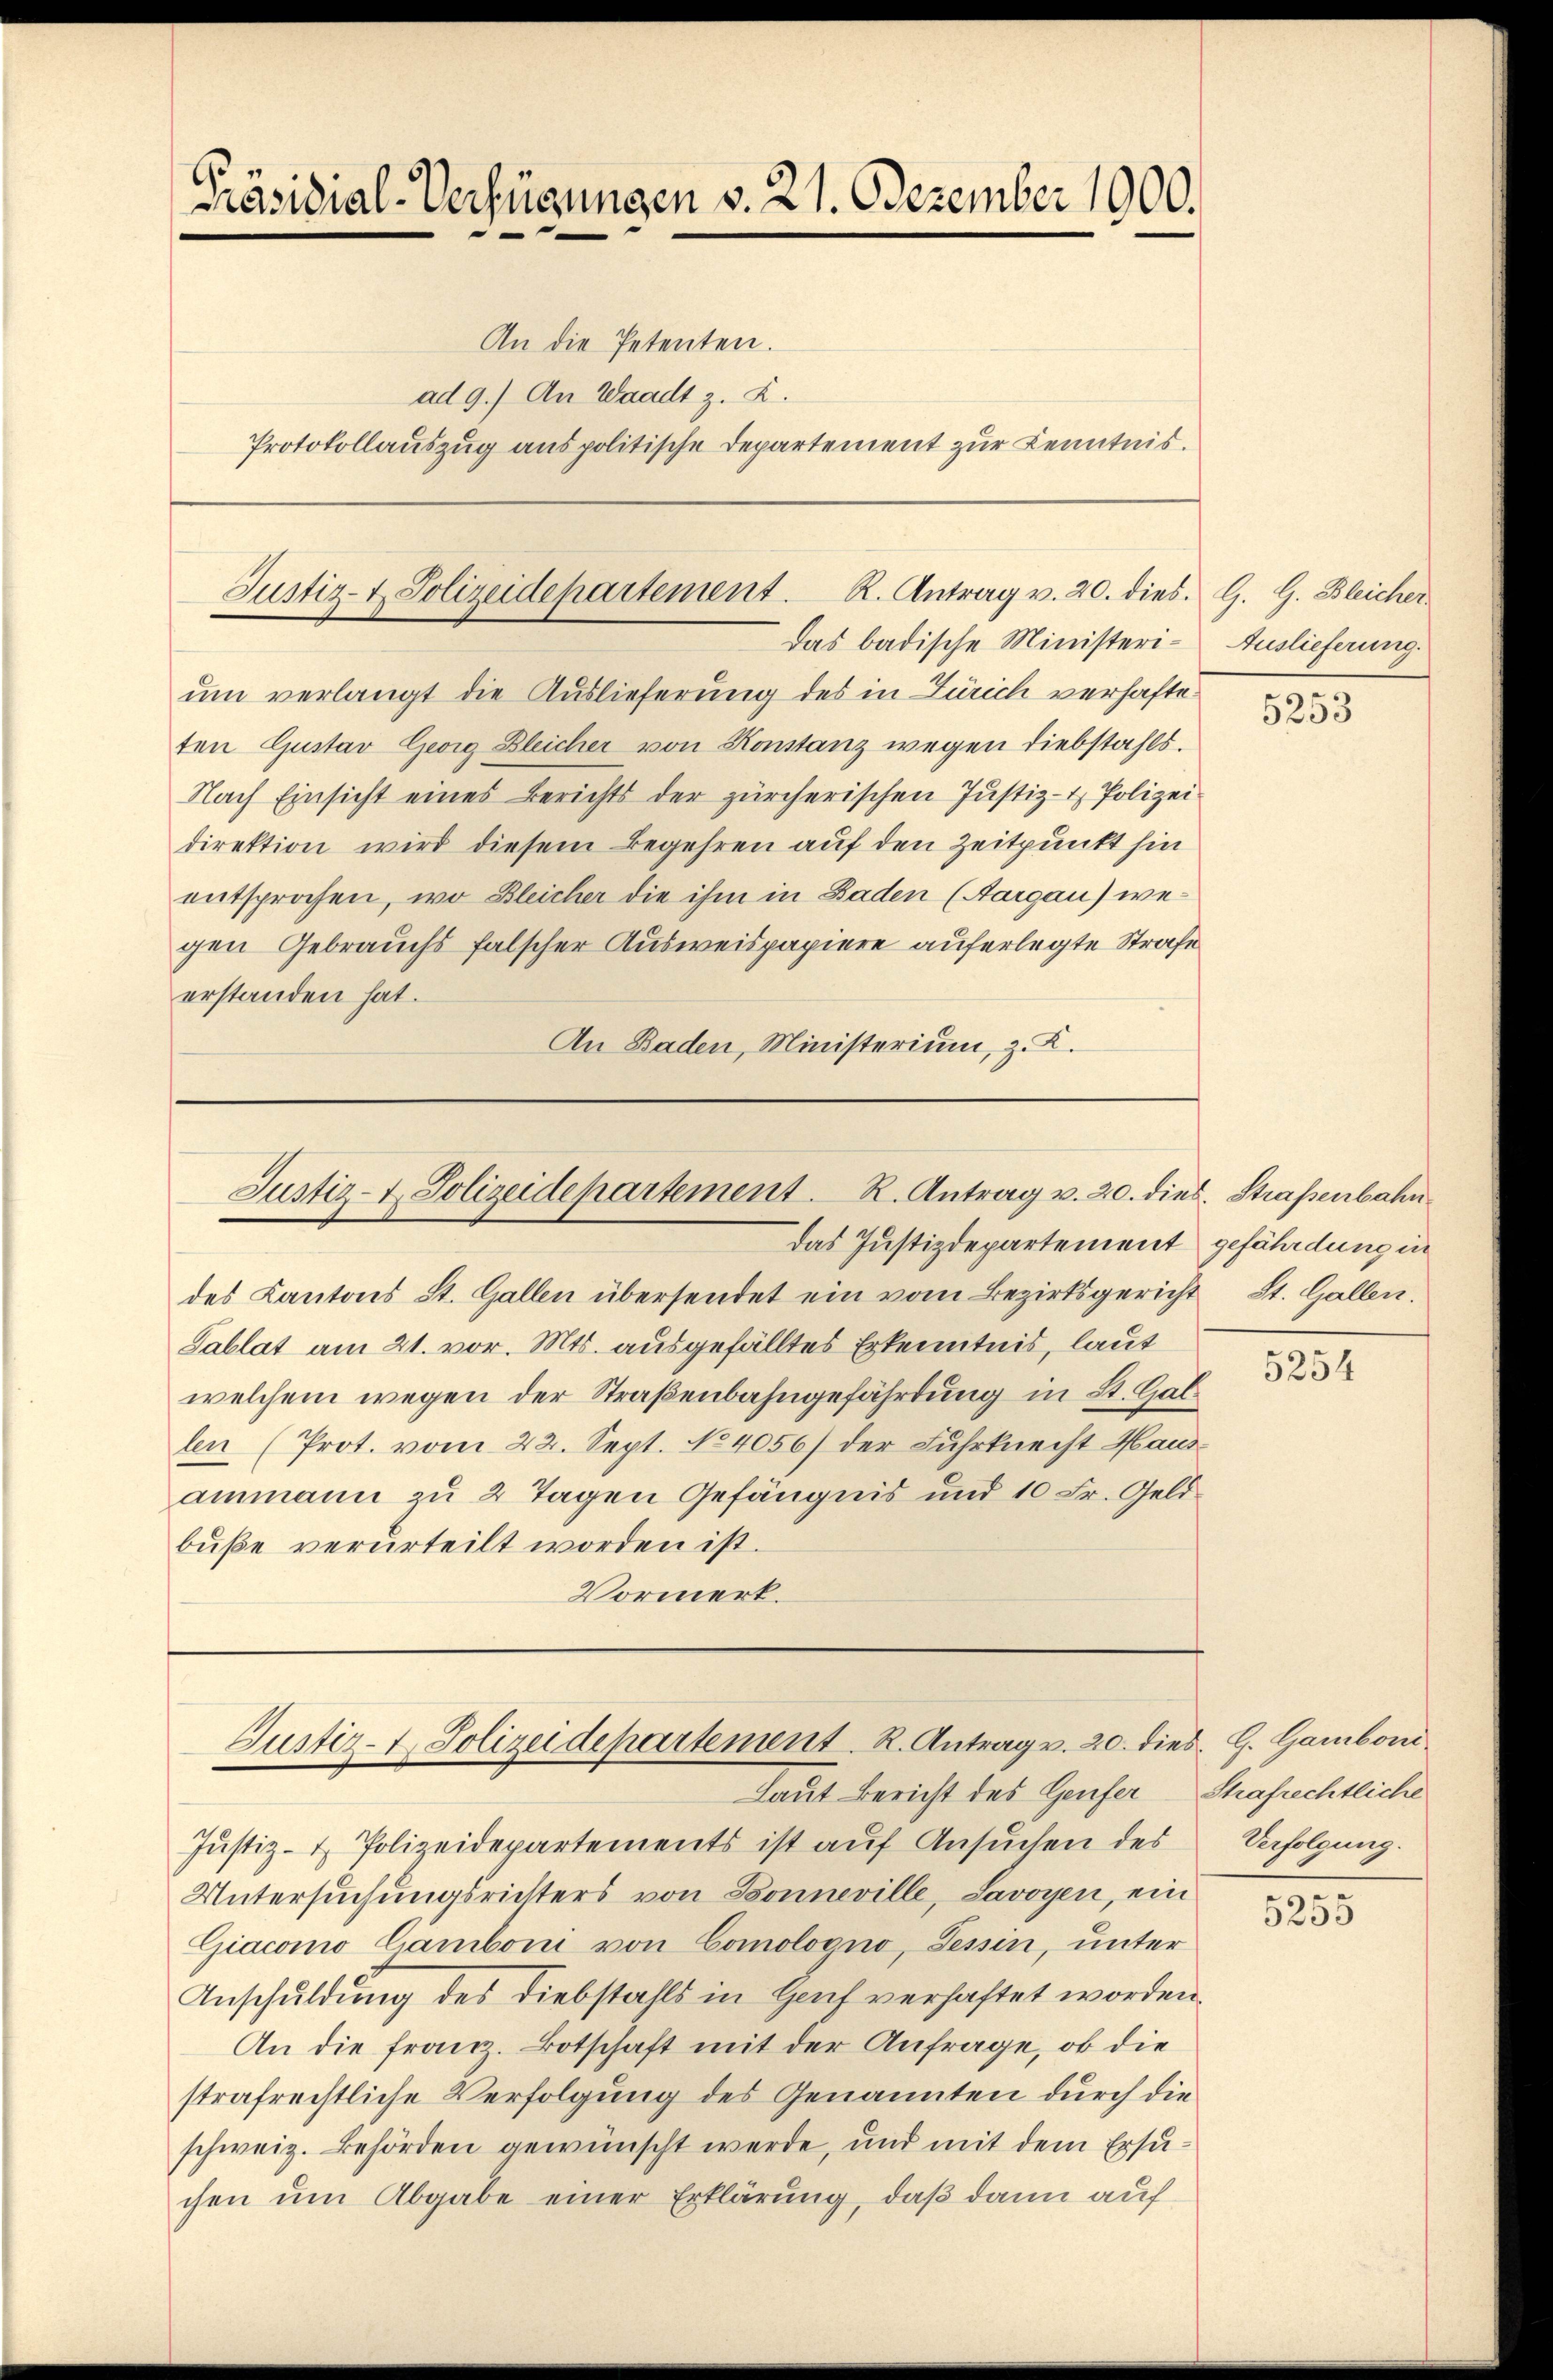
Präsidial-Verfügungen v. 21. Dezember 1900.

Justiz- & Polizeidepartement. K. Antrag v. 20. dies. G. G. Bleicher
Das badische Ministeri¬

An die Petenten.
ad 9.) An Waadt z. Z.
Protokollauszug aus politische Departement zur Kenntnis.

um verlangt die Auslieferung des in Zürich verhafteten Gustav Georg Bleicher von Konstanz wegen diebstahls.
Nach Einsicht eines Berichts der zürcherischen Justiz- & Polizei
direktion wird diesem Begehren auf den Zeitpunkt hin
entsprochen, wo Bleicher die ihm in Baden (Aargau) wegen Gebrauchs falscher Ausweispapiere auferlegte Strafe
erstanden hat.
An Baden, Ministerium, z. K.

Justiz- & Polizeidepartement. R. Antrag v. 20. dies. Straßenbahn
das Justizdepartement

des Kantons St. Gallen übersendet ein vom Bezirksgericht St. Gallen.
Tablat am 21. vor. Mts. ausgefälltes Erkenntnis, laut
welchem wegen der Straßenbahngefährdung in St. Gal
len (Prot. vom 22. Sept. No4056) der Fuhrknecht Hausammann zu 2 Tagen Gefängnis und 10 Fr. Geldbuße verurteilt worden ist.
Vormerk.

Justiz-1. Polizeidepartement. R. Antrag v. 20. dies. Z. Gamboni
laut Bericht des Genfer

Justiz- & Polizeidepartements ist auf Ansuchen des
Untersuchungsrichters von Sonneville, Lavoyen, ein
Giacomo Camboni von Comologno, Tessin, unter
Anschuldung des Diebstahls in Hof verhaftet worden.
An die Franz. Botschaft mit der Anfrage, ob die
strafrechtliche Verfolgung des Genannten durch die
schweiz. Behörden gewünscht werde, und mit dem Ersuchen um Abgabe einer Erklärung, daß dann auf

Auslieferung.

5253

gefährdung in

5254

Strafrechtliche
Verfolgung.

3
5295